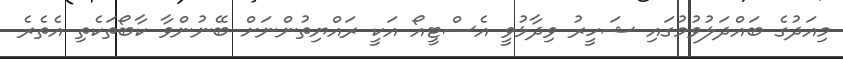
މިއަދުގެ ބައްދަލުވުމުގައި ޝަހީރު ވިދާޅުވީ އެސްޓީއޯ އަކީ ރައްޔިތުންނަށް ބޭނުންވާ ކާބޯތަކެތި އެތެރެ